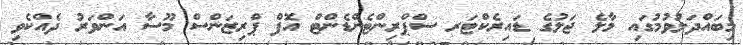
މިބައްދަލުވުމުގައި މާލެ ޖަލުގެ ޑައިރެކްޓަރ ސްޕްރިންޓެންޑެންޓް އޮފް ޕްރިޒަންސް މޫސާ އަންވަރު ދެއްކެވި